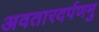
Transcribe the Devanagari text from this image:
अवतारदर्पणमु